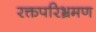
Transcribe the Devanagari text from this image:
रक्तपरिभ्रमण